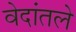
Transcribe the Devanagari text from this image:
वेदांतले